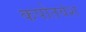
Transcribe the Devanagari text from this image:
कपोतवंश